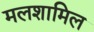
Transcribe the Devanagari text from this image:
मलशामिल